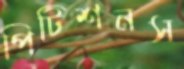
পিটিশনস